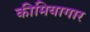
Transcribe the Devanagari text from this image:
कीमियागार